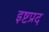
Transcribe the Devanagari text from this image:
इष्टप्रद